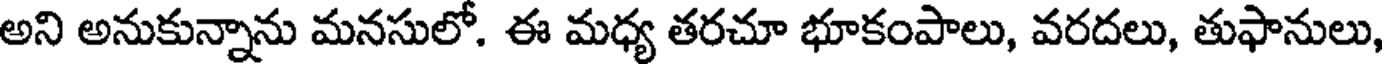
అని అనుకున్నాను మనసులో. ఈ మధ్య తరచూ భూకంపాలు, వరదలు, తుఫానులు,